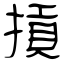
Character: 摃